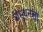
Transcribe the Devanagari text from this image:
शंभुधनला